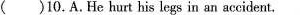
( ) 10. A. He hurt his legs in an accident.